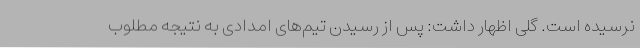
نرسیده است. گلی اظهار داشت: پس از رسیدن تیم‌های امدادی به نتیجه مطلوب